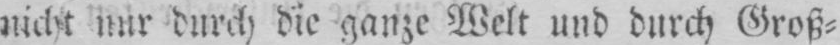
nicht nur durch die ganze Welt und durch Groß⸗